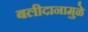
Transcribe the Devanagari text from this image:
बलीदानामुळे